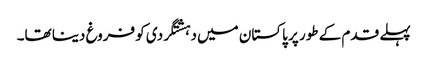
پہلے قدم کے طور پر پاکستان میں دہشتگردی کو فروغ دینا تھا۔